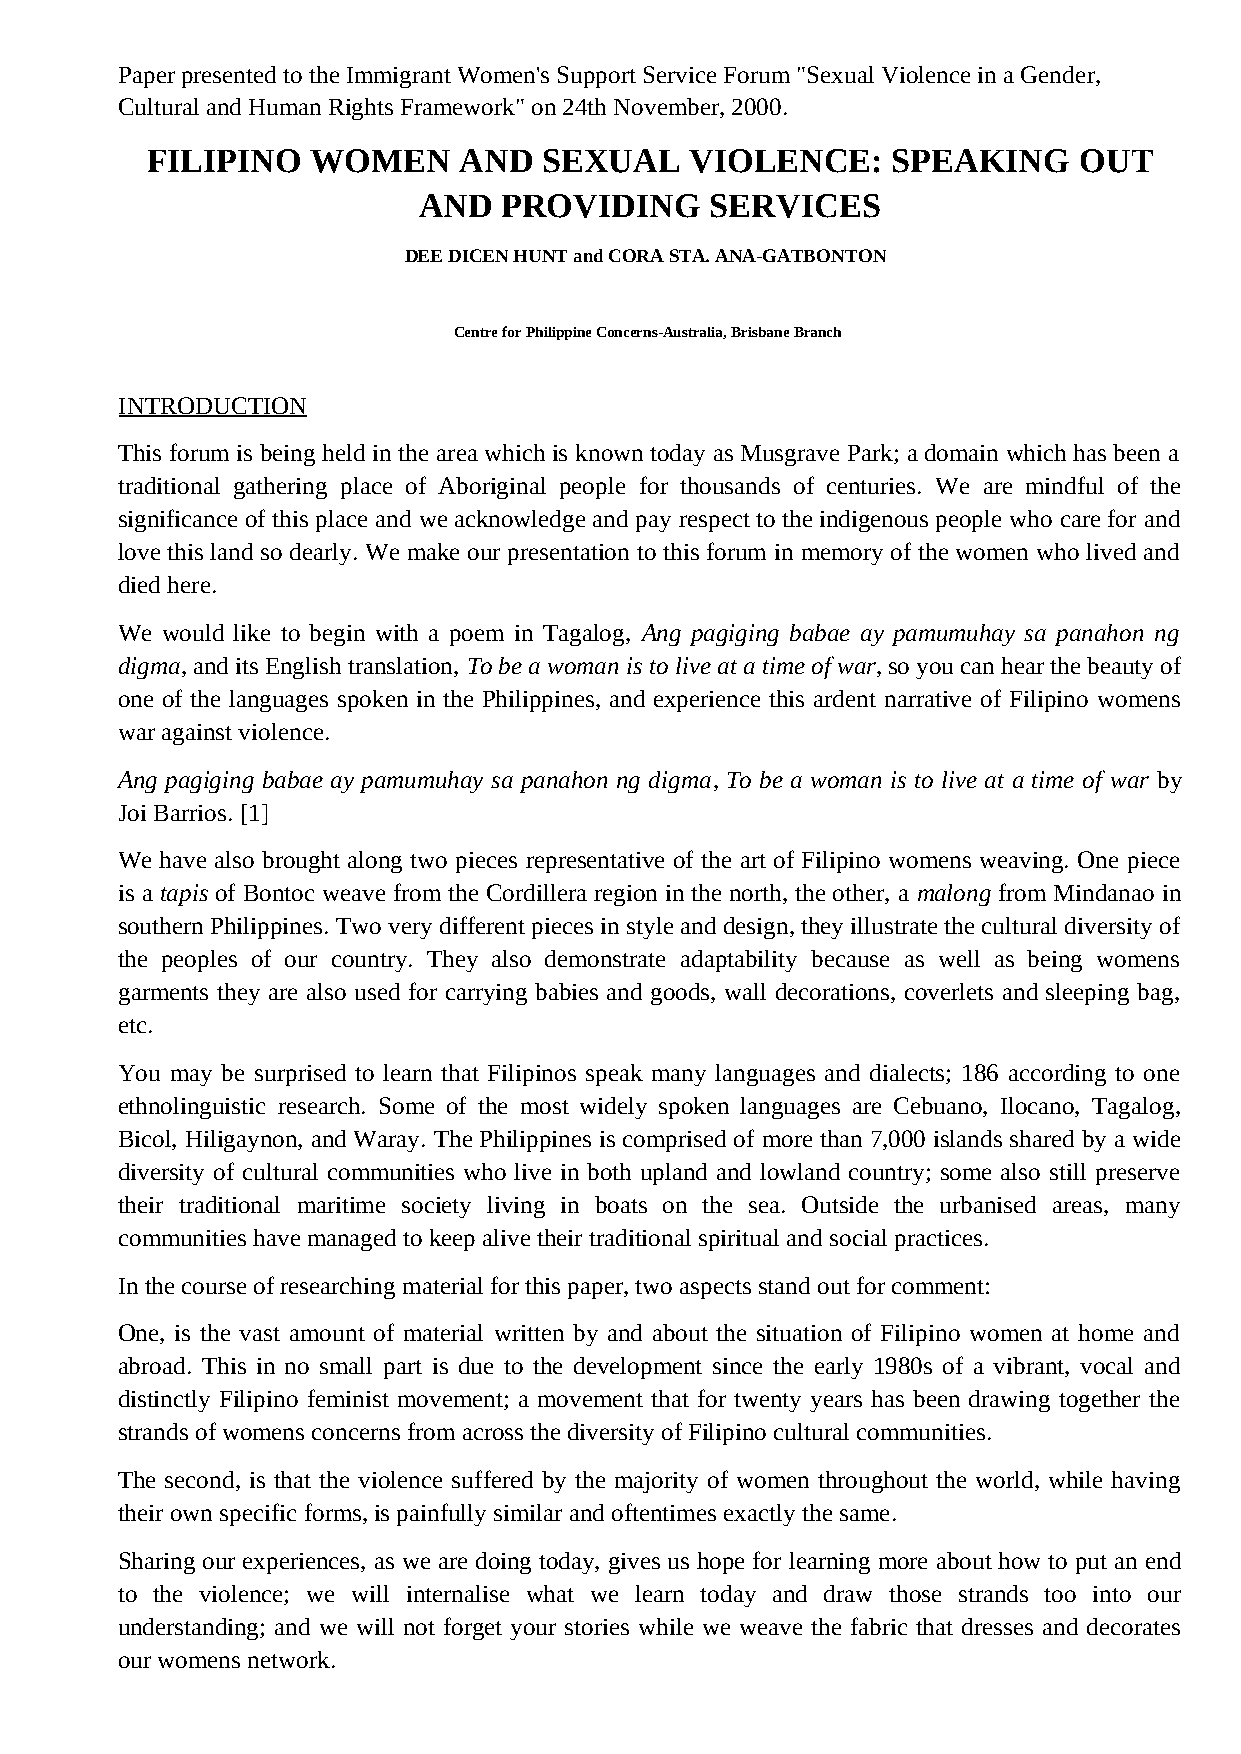
Paper presented to the Immigrant Women's Support Service Forum "Sexual Violence in a Gender,
 Cultural and Human Rights Framework" on 24th November, 2000.
 FILIPINO   WOMEN    AND   SEXUAL    VIOLENCE:    SPEAKING    OUT
 AND  PROVIDING     SERVICES
 DEE DICEN HUNT and CORA STA. ANA-GATBONTON
 Centre for Philippine Concerns-Australia, Brisbane Branch
 INTRODUCTION
 This forum is being held in the area which is known today as Musgrave Park; a domain which has been a
 traditional gathering place of Aboriginal people for thousands of centuries. We are mindful of the
 significance of this place and we acknowledge and pay respect to the indigenous people who care for and
 love this land so dearly. We make our presentation to this forum in memory of the women who lived and
 died here.
 We would like to begin with a poem in Tagalog, Ang pagiging babae ay pamumuhay sa panahon ng
 digma, and its English translation, To be a woman is to live at a time of war, so you can hear the beauty of
 one of the languages spoken in the Philippines, and experience this ardent narrative of Filipino womens
 
 war against violence.
 Ang pagiging babae ay pamumuhay sa panahon ng digma, To be a woman is to live at a time of war by
 Joi Barrios. [1]
 We have also brought along two pieces representative of the art of Filipino womens weaving. One piece
 
 is a tapis of Bontoc weave from the Cordillera region in the north, the other, a malong from Mindanao in
 southern Philippines. Two very different pieces in style and design, they illustrate the cultural diversity of
 the peoples of our country. They also demonstrate adaptability because as well as being womens
 
 garments they are also used for carrying babies and goods, wall decorations, coverlets and sleeping bag,
 etc.
 You may be surprised to learn that Filipinos speak many languages and dialects; 186 according to one
 ethnolinguistic research. Some of the most widely spoken languages are Cebuano, Ilocano, Tagalog,
 Bicol, Hiligaynon, and Waray. The Philippines is comprised of more than 7,000 islands shared by a wide
 diversity of cultural communities who live in both upland and lowland country; some also still preserve
 their traditional maritime society living in boats on the sea. Outside the urbanised areas, many
 communities have managed to keep alive their traditional spiritual and social practices.
 In the course of researching material for this paper, two aspects stand out for comment:
 One, is the vast amount of material written by and about the situation of Filipino women at home and
 abroad. This in no small part is due to the development since the early 1980s of a vibrant, vocal and
 distinctly Filipino feminist movement; a movement that for twenty years has been drawing together the
 strands of womens concerns from across the diversity of Filipino cultural communities.
 
 The second, is that the violence suffered by the majority of women throughout the world, while having
 their own specific forms, is painfully similar and oftentimes exactly the same.
 Sharing our experiences, as we are doing today, gives us hope for learning more about how to put an end
 to the violence; we will internalise what we learn today and draw those strands too into our
 understanding; and we will not forget your stories while we weave the fabric that dresses and decorates
 our womens network.
 